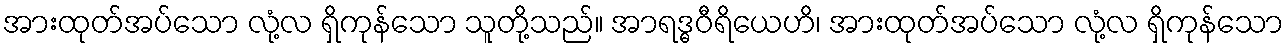
အားထုတ်အပ်သော လုံ့လ ရှိကုန်သော သူတို့သည်။ အာရဒ္ဓဝီရိယေဟိ၊ အားထုတ်အပ်သော လုံ့လ ရှိကုန်သော